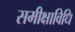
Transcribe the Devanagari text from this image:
समीक्षाविधि